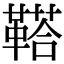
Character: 鞳